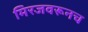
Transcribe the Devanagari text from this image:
मिरजवरूनच